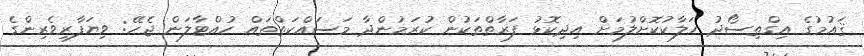
ޤައުމުގެ އިގްތިސޯދު ހަލާކުކޮށްލުމަށް އިދިކޮޅު ފަރާތްތަކުން ކުރަމުންދާ މަސައްކަތްތައް ހުއްޓާލަން ޖެހޭ: ވިޔަފާރިވެރިންގެ